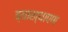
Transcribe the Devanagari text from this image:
व्याख्यापण